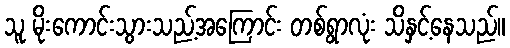
သူ မိုးကောင်းသွားသည့်အကြောင်း တစ်ရွာလုံး သိနှင့်နေသည်။